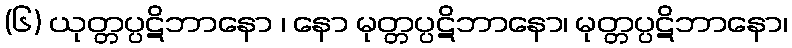
(၆) ယုတ္တပ္ပဋိဘာနော ၊ နော မုတ္တပ္ပဋိဘာနော၊ မုတ္တပ္ပဋိဘာနော၊